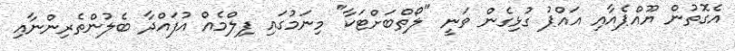
އެގޮތުން ޔޫއްޕެއާއި އައްޕު ގުޅިގެން ވަނީ "ލޯތްބަށްޓަކާ" މިނަމުގައި ފިލްމެއް އުފައްދާ ބެލުންތެރިންނާއި